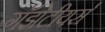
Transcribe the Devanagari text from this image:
गॅझेटीयर्स